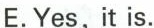
E.Yes,it is.